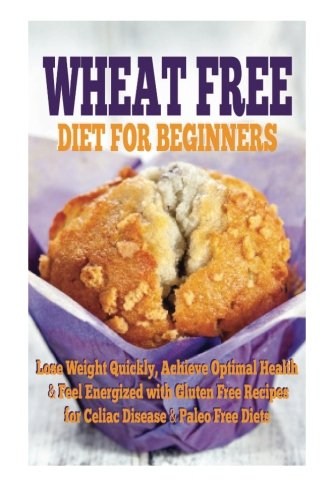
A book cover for Wheat Free Diet For Beginners: Lose Weight Quickly, Achieve Optimal Health & Feel Energized with Gluten Free Recipes for Celiac Disease, & Paleo Diets; Emma Rose; Cookbooks, Food & Wine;